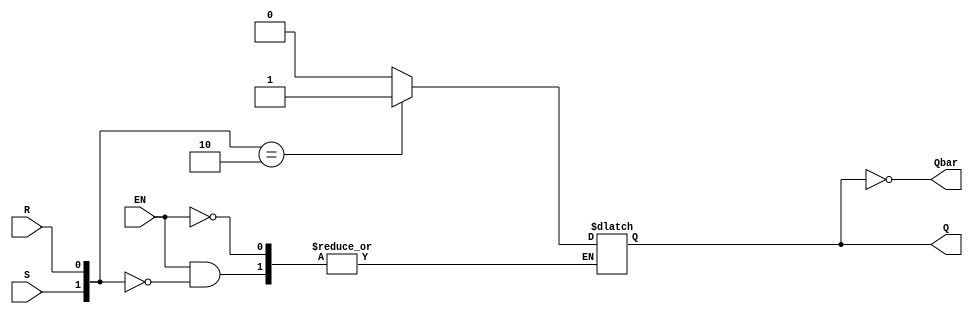
module SR_Latch_behavioral(
    input R, S, EN,
    output reg Q,
    output Qbar
);
  always @(*) begin
    if (EN) begin
      case({S,R})
        2'b00: Q <= Q; // No change (latch)
        2'b01: Q <= 1'b0; // reset
        2'b10: Q <= 1'b1; // set
        2'b11: Q <= 1'bx; // Invalid inputs
      endcase
    end
  end
  assign Qbar = ~Q;
endmodule